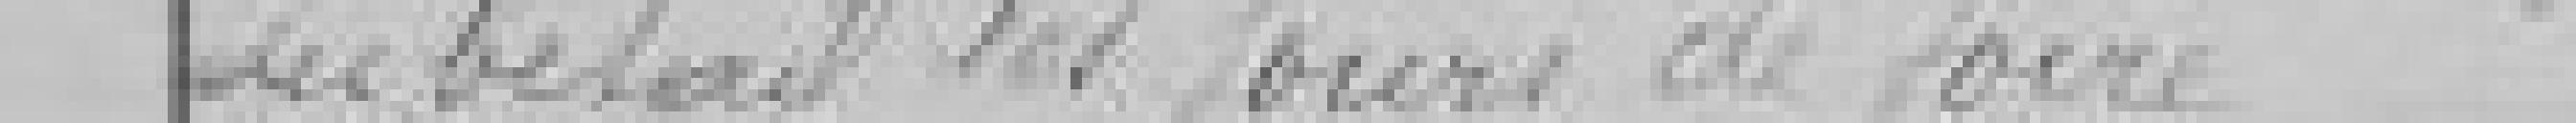
du bétail les jours de foire